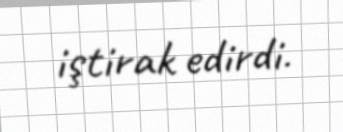
iştirak edirdi.